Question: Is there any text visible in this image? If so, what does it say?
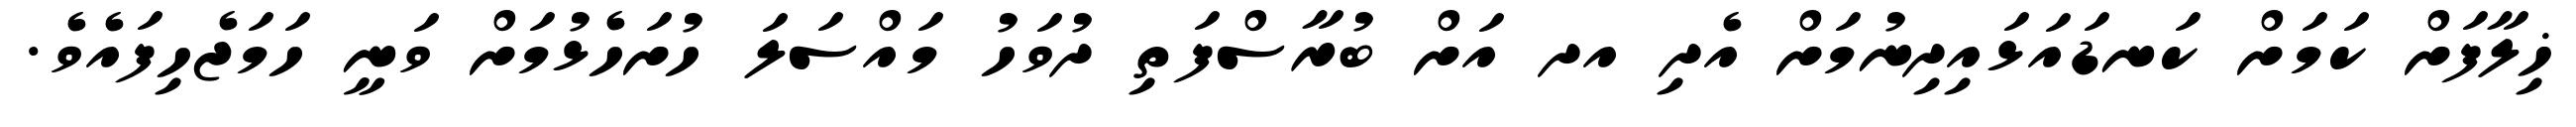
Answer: ޚިލާފަށް ކަމަށް ކަނޑައަޅައިދިނުމަށް އެދި އދ އަށް ބުރާސްފަތި ދުވަހު މައްސަލަ ހުށަހެޅުމަށް ވަނީ ހަމަޖެހިފައެވެ.